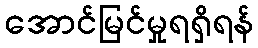
အောင်မြင်မှုရရှိရန်